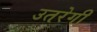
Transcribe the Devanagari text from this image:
उतरेगी